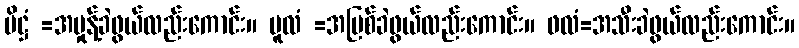
ပိဋ္ဌံ =အမှုန့်ခဲဖွယ်လည်းကောင်း။ မူလံ =အမြစ်ခဲဖွယ်လည်းကောင်း။ ဖလံ=အသီးခဲဖွယ်လည်းကောင်း။